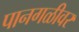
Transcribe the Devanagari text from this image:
पानगळीवर